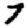
Digit: 7